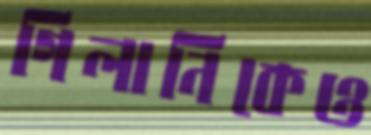
গিলানিকেও